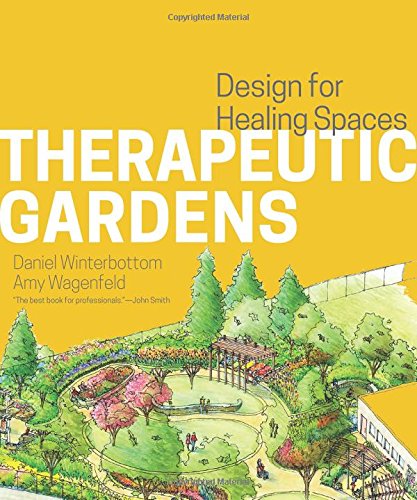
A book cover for Therapeutic Gardens: Design for Healing Spaces; Daniel Winterbottom; Crafts, Hobbies & Home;